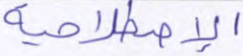
الإصطلاحية